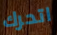
اتحرك